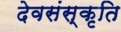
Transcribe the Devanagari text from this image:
देवसंस्कृति